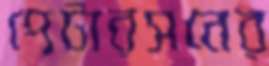
পেটারসনের